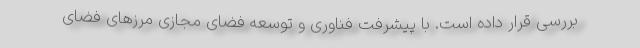
بررسی قرار داده است. با پیشرفت فناوری و توسعه فضای مجازی مرزهای فضای